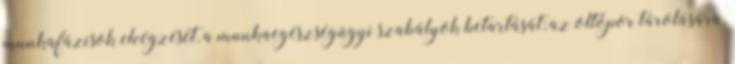
munkafázisok elvégzését, a munkaegészségügyi szabályok betartását; az oltópor tárolására,